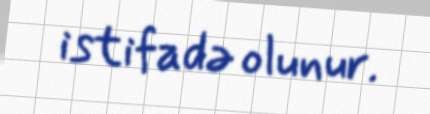
istifadə olunur.